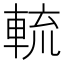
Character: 𨌙